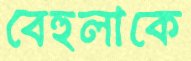
বেহুলাকে